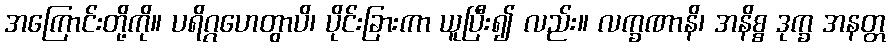
အကြောင်းတို့ကို။ ပရိဂ္ဂဟေတွာပိ၊ ပိုင်းခြားကာ ယူပြီး၍ လည်း။ လက္ခဏာနိ၊ အနိစ္စ ဒုက္ခ အနတ္တ